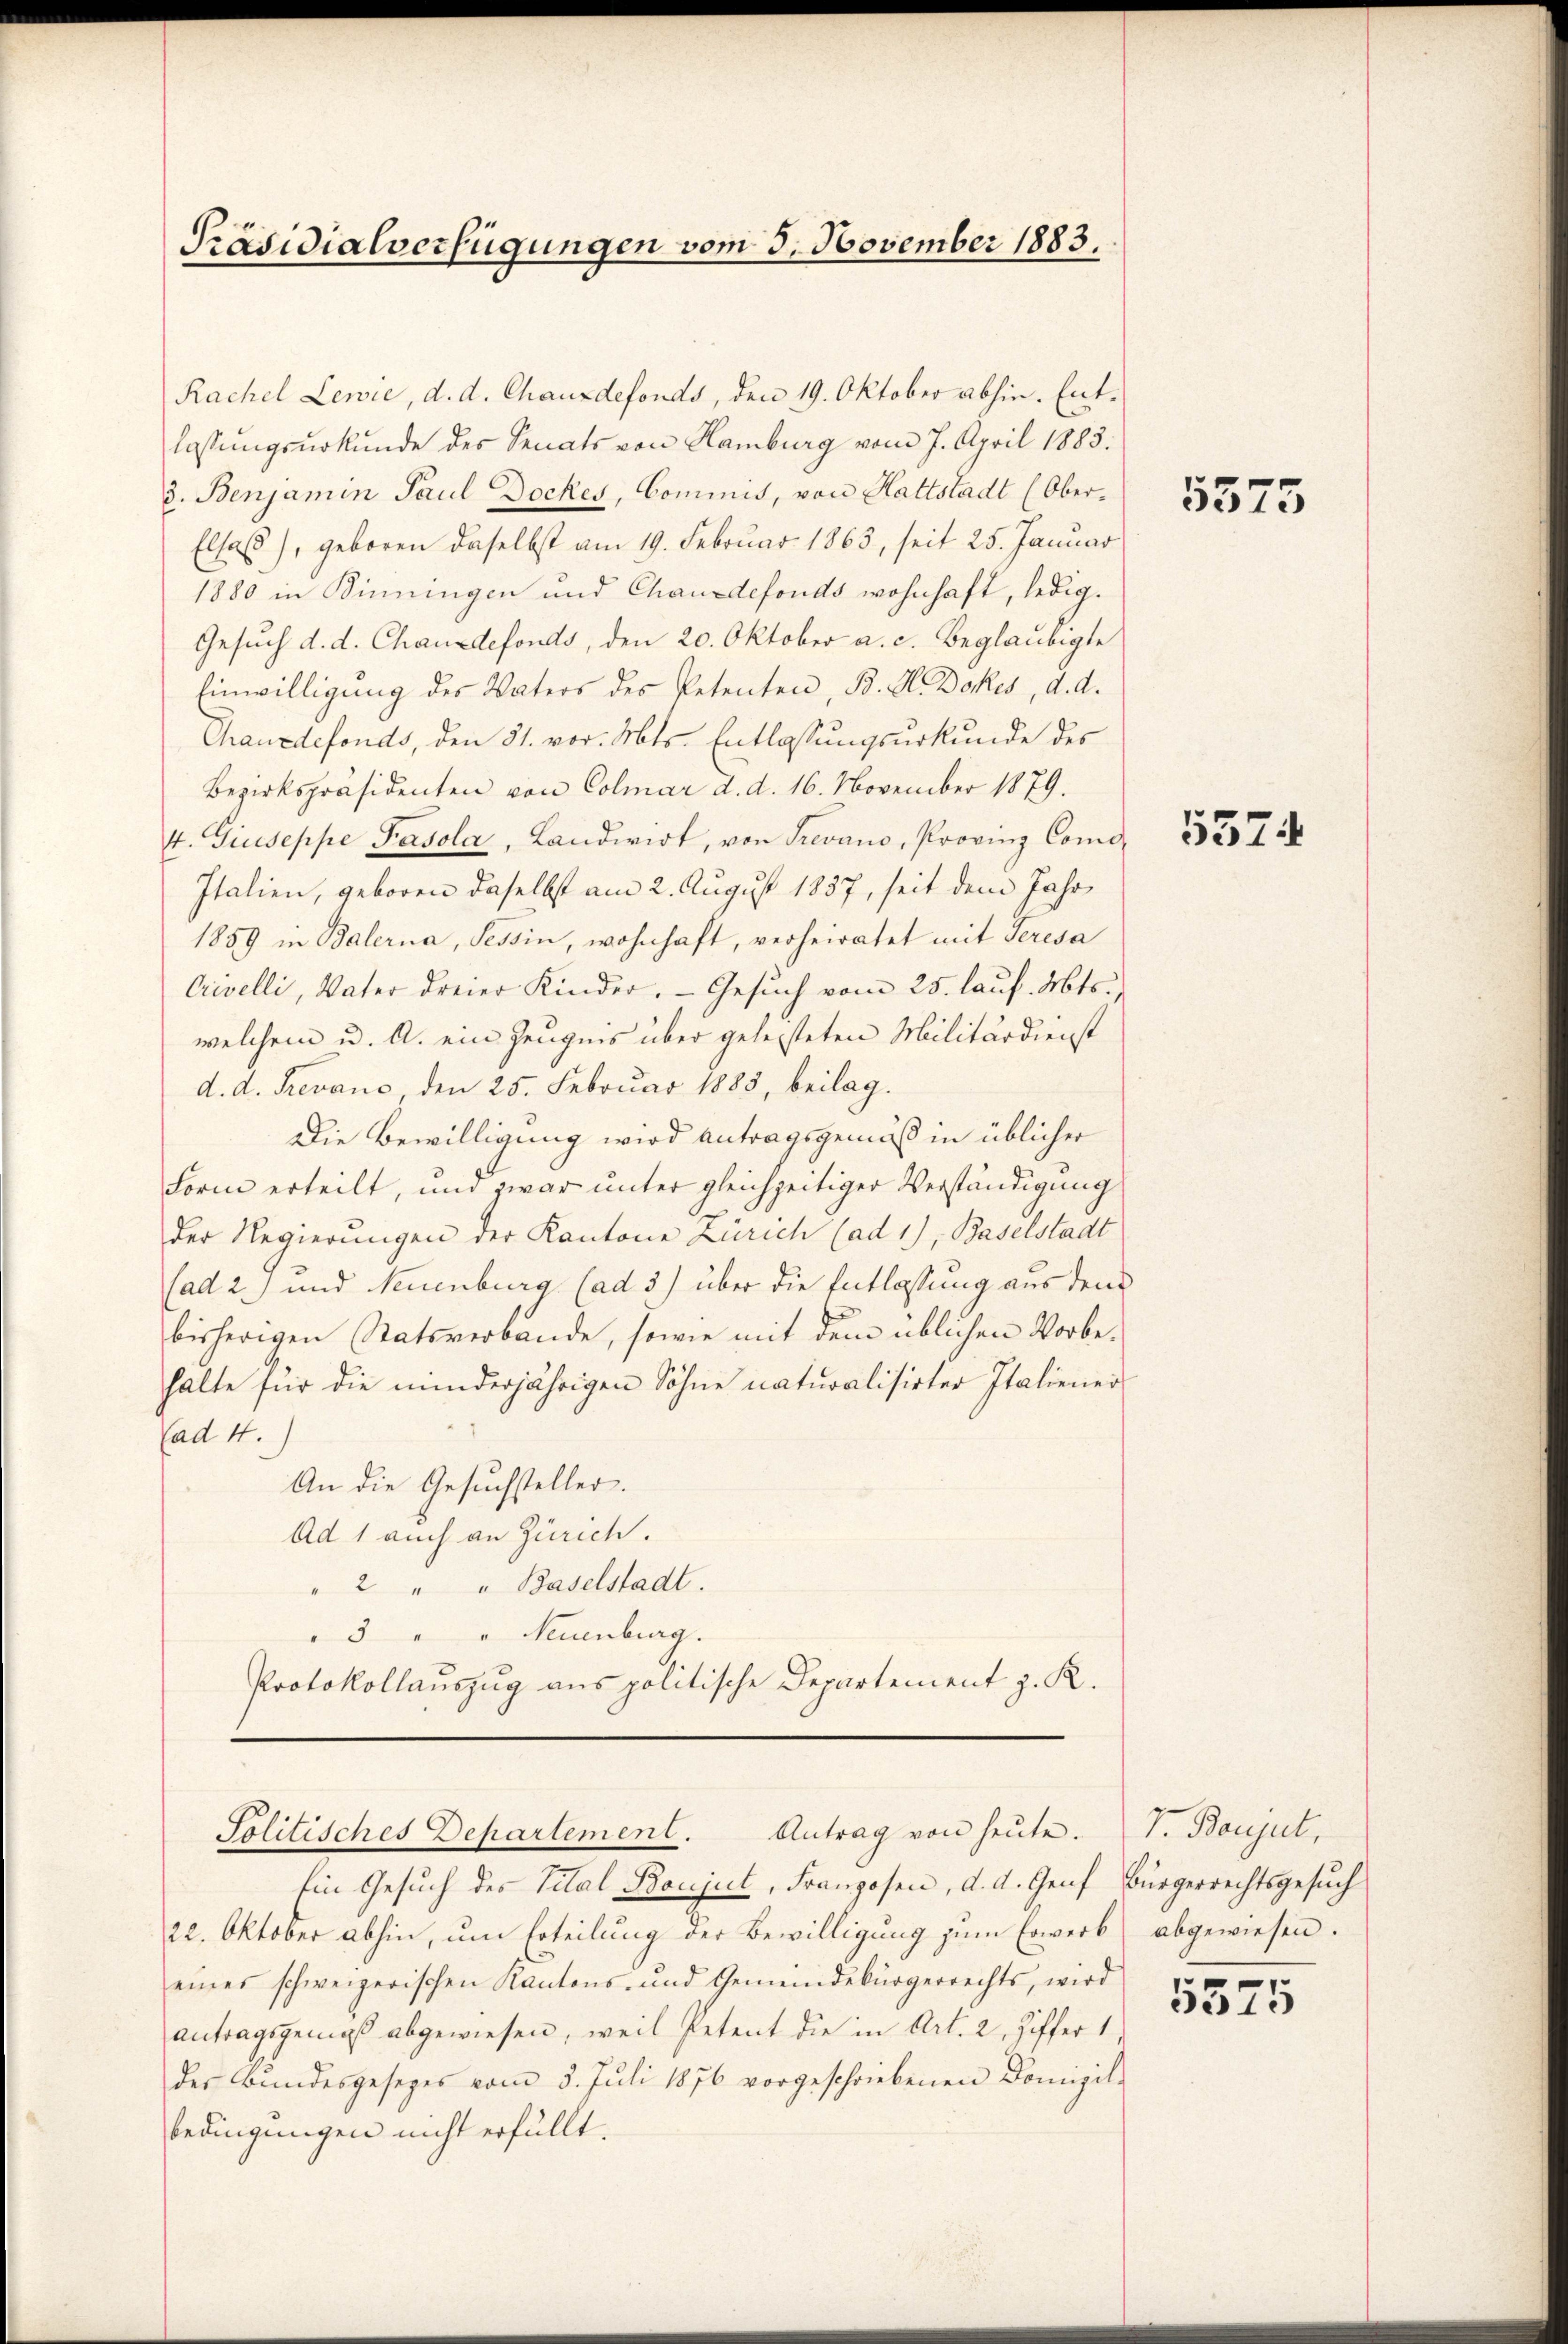
Präsidialverfügungen vom 3. November 1883.

Rachel Lewie, d. d. Chauxdefonds, den 19. Oktober abhin. Entlassŭngsŭrkŭnde des Senats von Hamburg vom 7. April 1885.
3. Benjamin Paul Dockes, Cominis, von Hattstadt (Ober¬
Elsas), geboren daselbst am 19. Februar 1863, seit 25. Januar
1880 in Binnungen und Chauxdefonds wohnhaft, ledig¬
Gesuch d. d. Chauxdefonds, den 20. Oktober a. c. Beglaubigte
Einwilligung des Vaters des Petenten, B. H. Dokes, d. d.
Chauxdefonds, den 31. vor. Mts. Entlassungsurkunde des
Bezirkspräsidenten von Colmar d. d. 16. November 1879.
4. Giuseppe Pasola, Landwirt, von Trevano, Provinz Como-
Italien, geboren daselbst am 2. August 1857, seit dem Jahr
1859 in Balerna, Tessin, wohnhaft, verheiratet mit Seresa
Crivelli, Vater dreier Kinder. - Gesuch vom 25. lauf. Mts
welchem u. A. ein Zeugnis über geleisteten Militärdienst
d. d. Trevanc, den 25. Februar 1885, beilag.
Die Bewilligung wird antragsgemäß in üblicher
Form erteilt, und zwar unter gleichzeitiger Verständigung
der Regierungen der Kantone Zürich (ad 1), Baselstadt
sad 2.) und Neuenburg (ad 3) über die Entlassung aus den
bisherigen Statsverbande, sowie mit dem üblichen Vorbehalte für die minderjährigen Söhne naturalisirter Italiener
Cad 4.)
An die Gesuchsteller.
Ad 1 auch an Zürich.
" 2 " " Baselstadt.
3 " " Neuenburg.
Protokollauszug aus politische Departement z. R.

Solitisches Departement. Antrag von heŭte.

Ein Gesuch des Vital Boujut, Franzosen, d. d. Genf Bürgerrechtsgesuch
22. Oktober abhin, um Erteilung der Bewilligung zum Erwerb abgewiesen.
eines schweizerischen Kantons- und Gemeindebürgerrechts, wird
antragsgemäß abgewiesen, weil Petent die in Art. 2, Ziffer 1
der Bundesgesezes vom 5. Juli 1876 vorgeschriebenen Domizil-
bedingungen nicht erfüllt.

5375

5374

7. Baujut,

5575